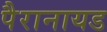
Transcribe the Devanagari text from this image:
पैरानायड